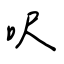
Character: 呎